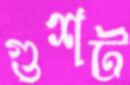
গুশট